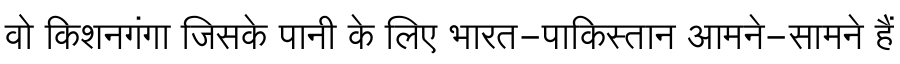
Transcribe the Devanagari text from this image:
वो किशनगंगा जिसके पानी के लिए भारत-पाकिस्तान आमने-सामने हैं